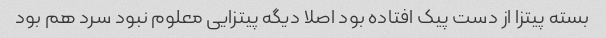
بسته پیتزا از دست پیک افتاده بود اصلا دیگه پیتزایی معلوم نبود سرد هم بود